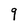
Character: 9